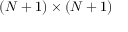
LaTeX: ( N + 1 ) \times ( N + 1 )